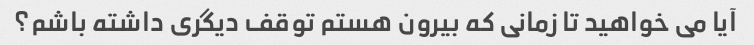
آیا می خواهید تا زمانی که بیرون هستم توقف دیگری داشته باشم؟